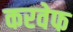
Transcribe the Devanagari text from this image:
करवेफ